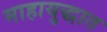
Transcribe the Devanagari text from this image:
माहायुद्धात